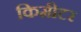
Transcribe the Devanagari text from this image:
किमीटर